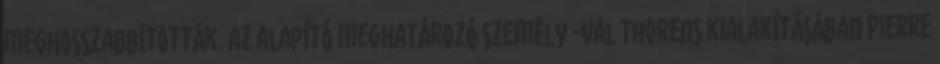
meghosszabbították. Az alapító meghatározó személy -Val Thorens kialakításában Pierre